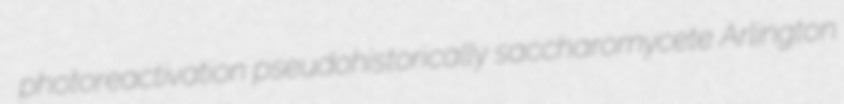
photoreactivation pseudohistorically saccharomycete Arlington